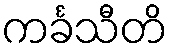
ကင်္ခသီတိ